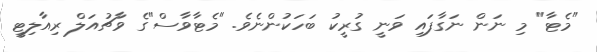
"މެޓާ" މި ނަން ނަގާފައި ވަނީ ގުރީކު ބަހަކުންނެވެ. "މެޓާވާސް"ގެ ވާޗުއަލް ރިއާލިޓީ